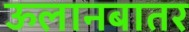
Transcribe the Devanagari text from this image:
ऊलानबातर